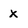
Character: x